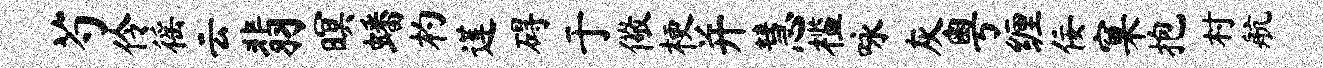
芍伶徭云翡暝蟠杓莲碍于儆梗并慧槛咏灰粤缠佞窠抱村航